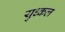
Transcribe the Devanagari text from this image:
युध्कल